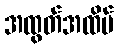
အထွတ်အထိပ်